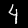
Label: 4